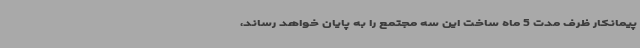
پیمانکار ظرف مدت 5 ماه ساخت این سه مجتمع را به پایان خواهد رساند،